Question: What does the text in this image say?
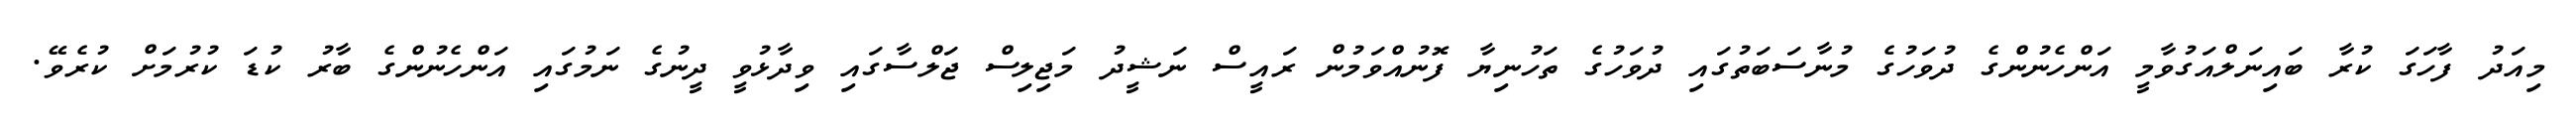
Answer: މިއަދު ފާހަގަ ކުރާ ބައިނަލްއަގުވާމީ އަންހެނުންގެ ދުވަހުގެ މުނާސަބަތުގައި ދުވަހުގެ ތަހުނިޔާ ފޮނުއްވަމުން ރައީސް ނަޝީދު މަޖިލިސް ޖަލްސާގައި ވިދާޅުވީ ދީނުގެ ނަމުގައި އަންހެނުންގެ ބާރު ކުޑަ ކުރުމަށް ކުރެވޭ.